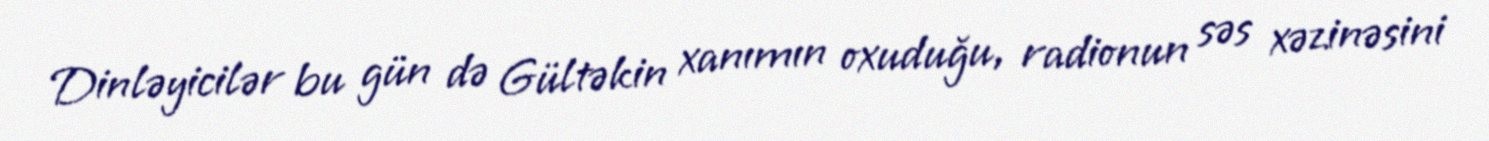
Dinləyicilər bu gün də Gültəkin xanımın oxuduğu, radionun səs xəzinəsini